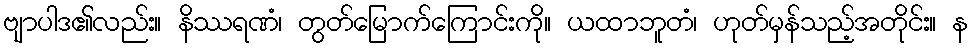
ဗျာပါဒ၏လည်း။ နိဿရဏံ၊ တွတ်မြောက်ကြောင်းကို။ ယထာဘူတံ၊ ဟုတ်မှန်သည့်အတိုင်း။ န